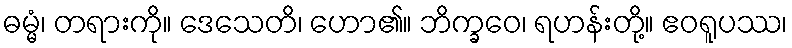
ဓမ္မံ၊ တရားကို။ ဒေသေတိ၊ ဟော၏။ ဘိက္ခဝေ၊ ရဟန်းတို့။ ဧဝရူပဿ၊